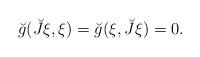
LaTeX: \begin{align*}\breve{g}(\breve{J}\xi ,\xi )=\breve{g}(\xi ,\breve{J}\xi )=0. \end{align*}